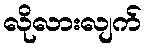
လိုလားလျက်